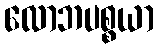
လောဘပစ္စယာ